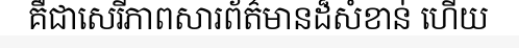
គឺជាសេរីភាពសារព័ត៌មានដ៏សំខាន់ ហើយ